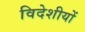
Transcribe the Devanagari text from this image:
विदेशीयों